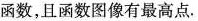
函数，且函数图像有最高点.